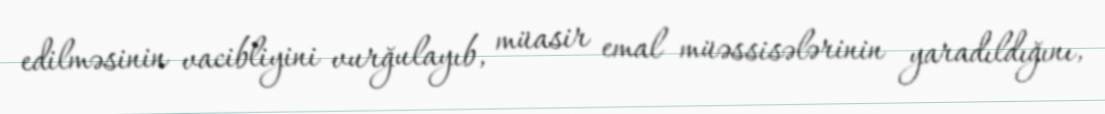
edilməsinin vacibliyini vurğulayıb, müasir emal müəssisələrinin yaradıldığını,